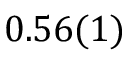
0 . 5 6 ( 1 )